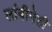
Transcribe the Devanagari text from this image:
लांबीनेही